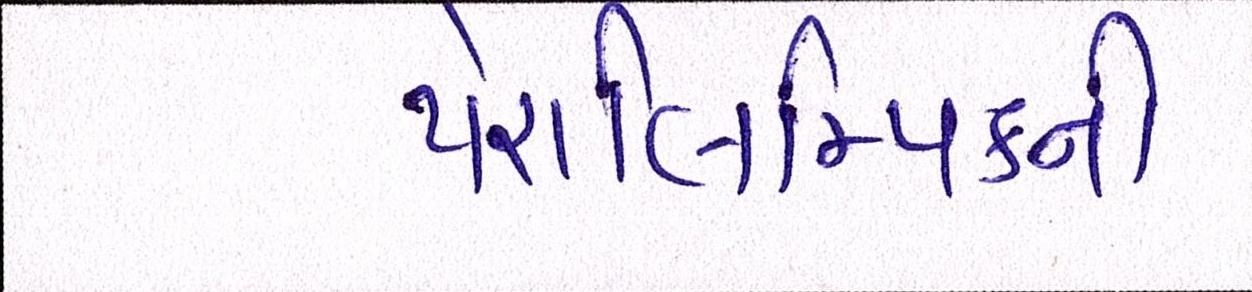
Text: પેરાલિમ્પિકની